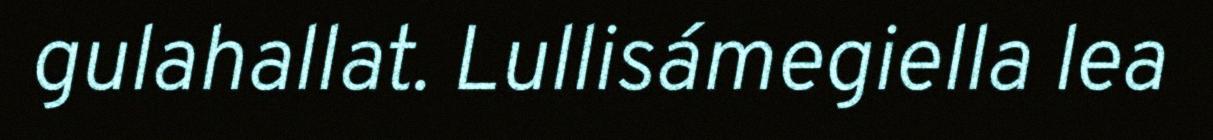
gulahallat. Lullisámegiella lea